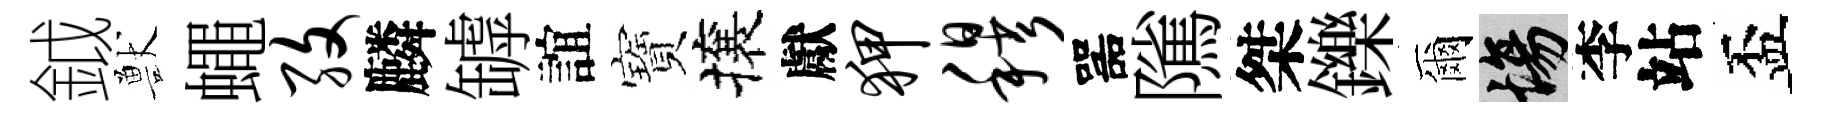
鉞獸蠅孜麟罅誼寶攘獻狎穆噐隲桀鑠爾場李站盃